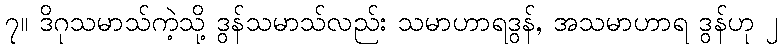
၇။ ဒိဂုသမာသ်ကဲ့သို့ ဒွန်သမာသ်လည်း သမာဟာရဒွန်, အသမာဟာရ ဒွန်ဟု ၂